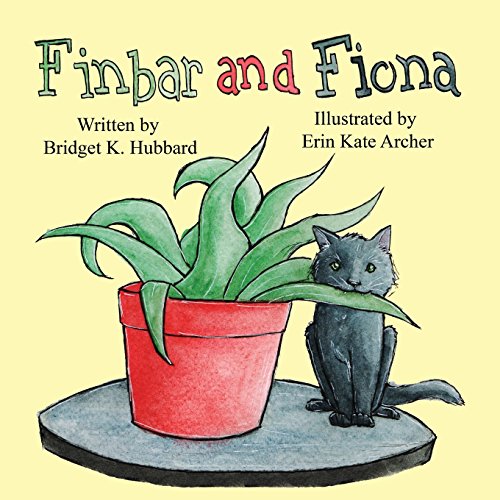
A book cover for Finbar and Fiona; Bridget K. Hubbard; Crafts, Hobbies & Home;